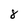
Character: 8